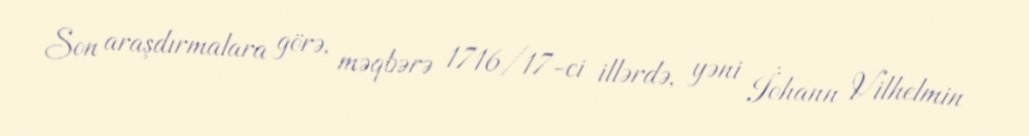
Son araşdırmalara görə, məqbərə 1716/17-ci illərdə, yəni İohann Vilhelmin